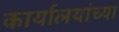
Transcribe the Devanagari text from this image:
कार्यालयांच्या